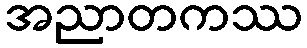
အညာတကဿ